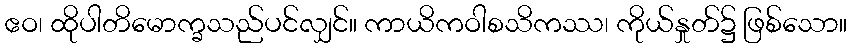
ဧဝ၊ ထိုပါတိမောက္ခသည်ပင်လျှင်။ ကာယိကဝါစသိကဿ၊ ကိုယ်နှုတ်၌ ဖြစ်သော။